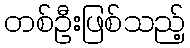
တစ်ဦးဖြစ်သည့်